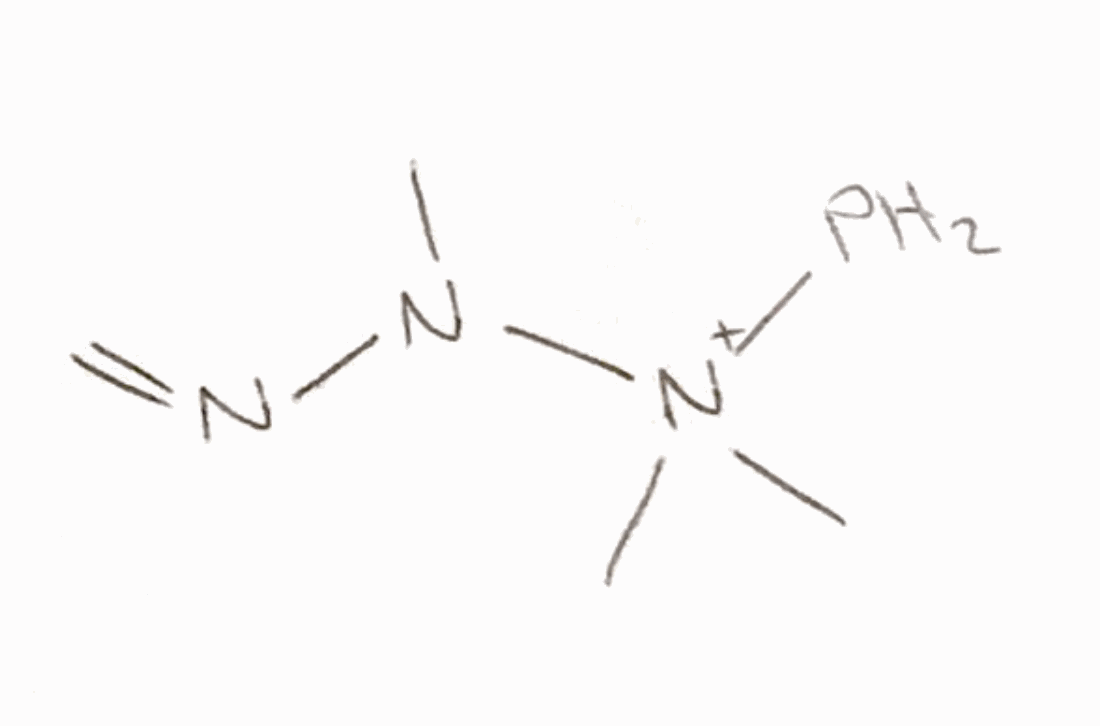
Simplified molecular-input line-entry system (SMILES) notation of the given molecule:
CN(N=C)[N+](C)(C)P